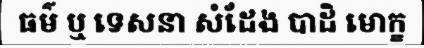
ធម៌ ឬ ទេសនា សំដែង បាដិ មោក្ខ